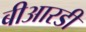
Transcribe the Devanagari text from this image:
बीआरडी